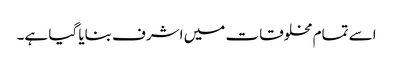
اسے تمام مخلوقات میں اشرف بنایا گیا ہے۔